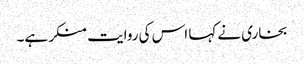
بخاری نے کہا اس کی روایت منکر ہے۔